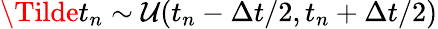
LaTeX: \Tilde{t}_{n}\sim\mathcal{U}(t_{n}-\Delta t/2,t_{n}+\Delta t/2)